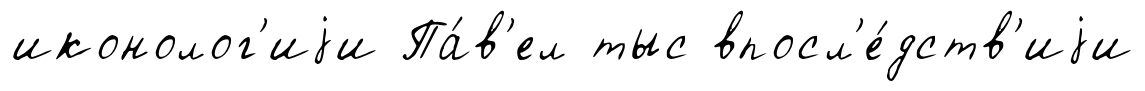
иконолог'иjи Па́в'ел тыс впосл'е́дств'иjи